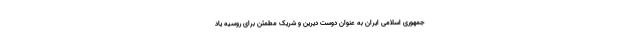
جمهوری اسلامی ایران به عنوان دوست دیرین و شریک مطمئن برای روسیه یاد